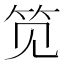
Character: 笕